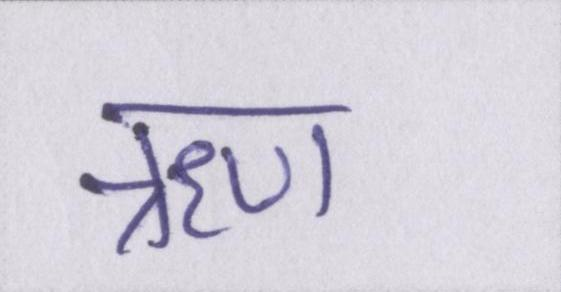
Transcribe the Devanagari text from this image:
ॠण